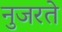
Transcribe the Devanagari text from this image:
नुजरते